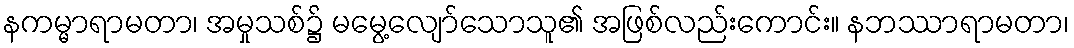
နကမ္မာရာမတာ၊ အမှုသစ်၌ မမွေ့လျော်သောသူ၏ အဖြစ်လည်းကောင်း။ နဘဿာရာမတာ၊